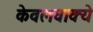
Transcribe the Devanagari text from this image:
केवलवाक्ये